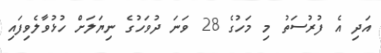
އަދި އެ ފުރުސަތު މި މަހުގެ 28 ވަނަ ދުވަހުގެ ނިޔަލަށް ހުޅުވާލެވިފައި